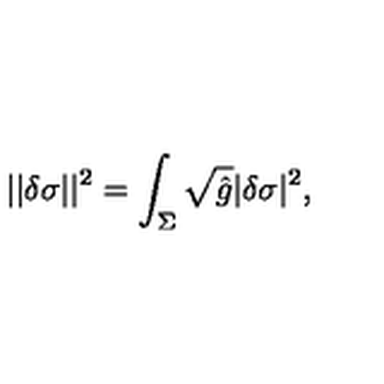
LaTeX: | | \delta \sigma | | ^ { 2 } = \int _ { \Sigma } \sqrt { \hat { g } } | \delta \sigma | ^ { 2 } ,